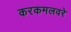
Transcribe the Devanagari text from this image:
करकमलवरे